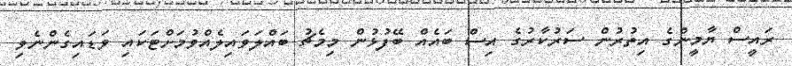
ރައީސް ޔާމީންގެ އިތުރުން ސަރުކާރުގެ އިސް ބައެއް ބޭފުޅުން މިމެޗު ބައްލަވައިލެއްވުމަށްޓަކައި ވަޑައިގެންނެވި